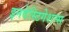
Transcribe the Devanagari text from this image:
इनवेस्टिगेशन्स